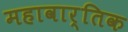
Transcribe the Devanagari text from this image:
महावार्तिक